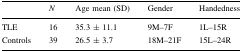
|  | N | Age mean (SD) | Gender | Handedness |
 | --- | --- | --- | --- | --- |
 | TLE | 16 | 35.3 ± 11.1 | 9M–7F | 1L–15R |
 | Controls | 39 | 26.5 ± 3.7 | 18M–21F | 15L–24R |